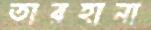
তারহানা